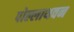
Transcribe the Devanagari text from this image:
पोल्लाथवन